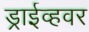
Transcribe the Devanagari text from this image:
ड्राईव्हवर